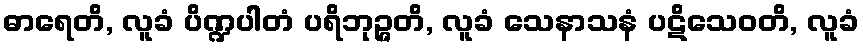
ဓာရေတိ, လူခံ ပိဏ္ဍပါတံ ပရိဘုဉ္ဇတိ, လူခံ သေနာသနံ ပဋိသေဝတိ, လူခံ